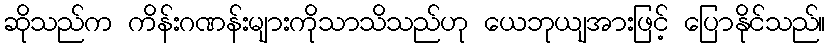
ဆိုသည်က ကိန်းဂဏန်းများကိုသာသိသည်ဟု ယေဘုယျအားဖြင့် ပြောနိုင်သည်။